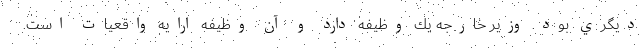
ديگري بود. وزير خارجه يك وظيفه دارد و آن وظيفه ارايه واقعيات است.